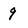
Character: 9